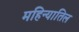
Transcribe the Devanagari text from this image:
महिन्यातिल